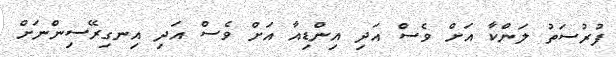
ފުރުސަތު ލަންކާ އަށް ވެސް އަދި އިންޑިއާ އަށް ވެސް އަދި އިނގިރޭސިންނަށް